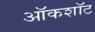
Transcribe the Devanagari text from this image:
ऑकशॉट